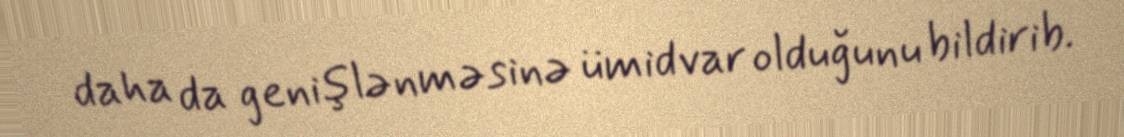
daha da genişlənməsinə ümidvar olduğunu bildirib.